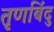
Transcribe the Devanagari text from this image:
तृणबिंदु